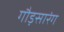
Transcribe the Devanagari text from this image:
गौड़सारंग